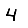
Digit: 4